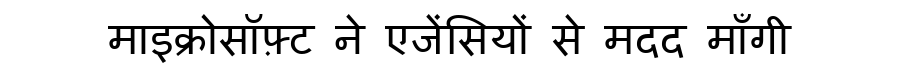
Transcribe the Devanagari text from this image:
माइक्रोसॉफ़्ट ने एजेंसियों से मदद माँगी